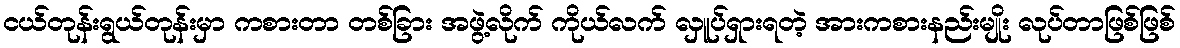
ငယ်တုန်းရွယ်တုန်းမှာ ကစားတာ တစ်ခြား အဖွဲ့လိုက် ကိုယ်လက် လှူပ်ရှားရတဲ့ အားကစားနည်းမျိုး လုပ်တာဖြစ်ဖြစ်